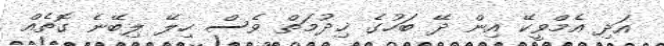
އަދި އެމްވީކޭ އިން ދޭ ބަހުގެ ޚިދުމަތް ވެސް ހިލޭ ލިބޭނެ ގޮތެއް